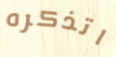
اتذكره